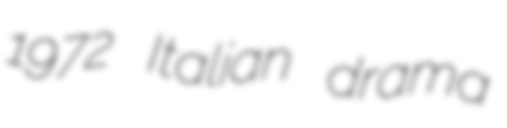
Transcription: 1972 Italian drama